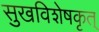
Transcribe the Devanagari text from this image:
सुखविशेषकृत्